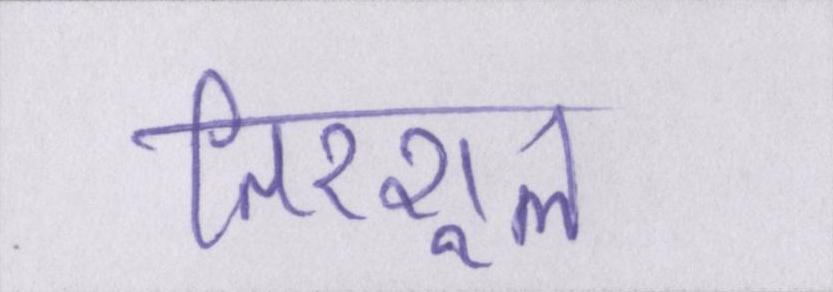
तिरशूल